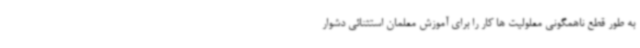
به طور قطع ناهمگونی معلولیت ها کار را برای آموزش معلمان استثنائی دشوار